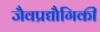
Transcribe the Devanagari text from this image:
जैवप्रद्यौगिकी